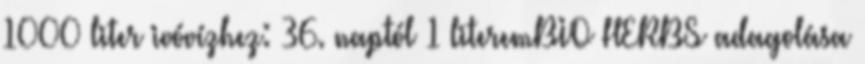
1000 liter ivóvízhez: 36. naptól 1 literemBIO HERBS adagolása